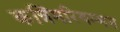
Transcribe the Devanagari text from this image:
कन्निमरियम्मन